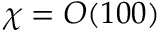
\chi = O ( 1 0 0 )